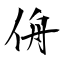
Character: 侜